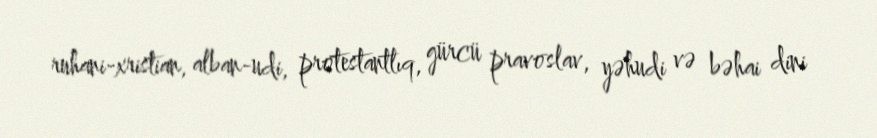
ruhani-xristian, alban-udi, protestantlıq, gürcü pravoslav, yəhudi və bəhai dini